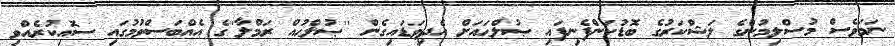
ނަމަވެސް މުސްލިމުންގެ ލަޝްކަރުގެ ބޮޑުކަންފެނިފައި ޞުލްޙައަށް އެދިވަޑައިގެން ''ޞުލްޙުއް ރަމްލާ''ގެ އެއްބަސްވުމުގައި ސޮއިކުރެއްވި